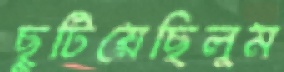
ছুটিয়েছিলুম